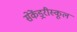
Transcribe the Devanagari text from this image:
सेकेंड्ररीस्कूल